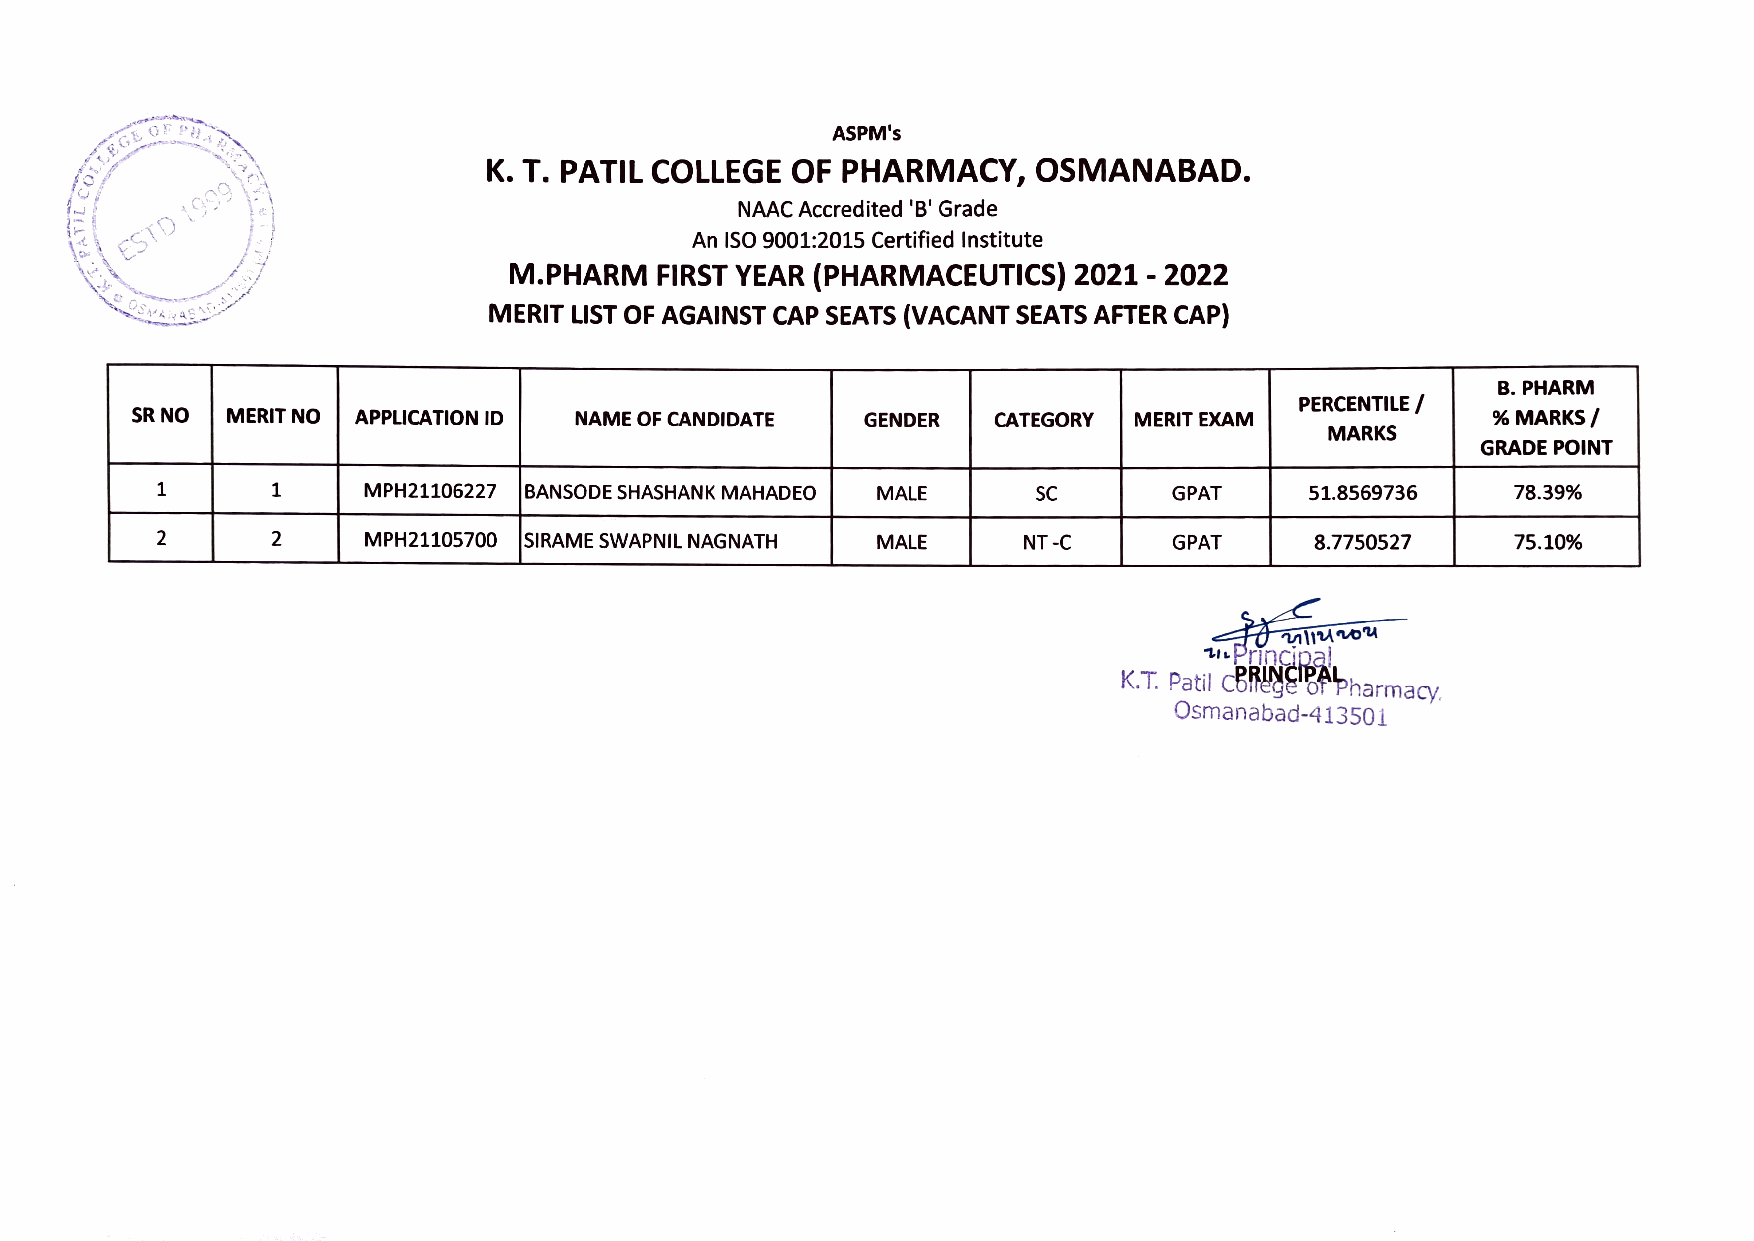
ASPM's
 K. T. PATIL COLLEGE OF  PHARMACY,    OSMANABAD.
 ESTD1  9                                   NAAC Accredited 'B' Grade
 An ISO 9001:2015 Certified Institute
 M.PHARM  FIRST YEAR (PHARMACEUTICS)  2021  2022
 MERIT LIST OF AGAINST CAP SEATS (VACANT SEATS AFTER CAP)
 B. PHARM
 PERCENTILE/
 SR NO MERIT NOo APPLICATION ID NAME OF CANDIDATE GENDER  CATEGORY MERIT EXAM              %M ARKS
 MARKS
 GRADE PoINT
 1             MPH21106227 BANSODE SHASHANK MAHADEO MALE    SC       GPAT     51.8569736   78.39%
 2
 2             MPH21105700 SIRAME SWAPNIL NAGNATH MALE     NT-C      GPAT     8.7750527    75.10%
 TLPrinCi0a!
 K.T. Patil CBRNEBAPharmacy
 Osmanabad-41350 1